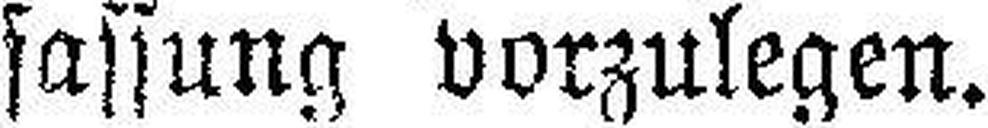
sassung vorzulegen.